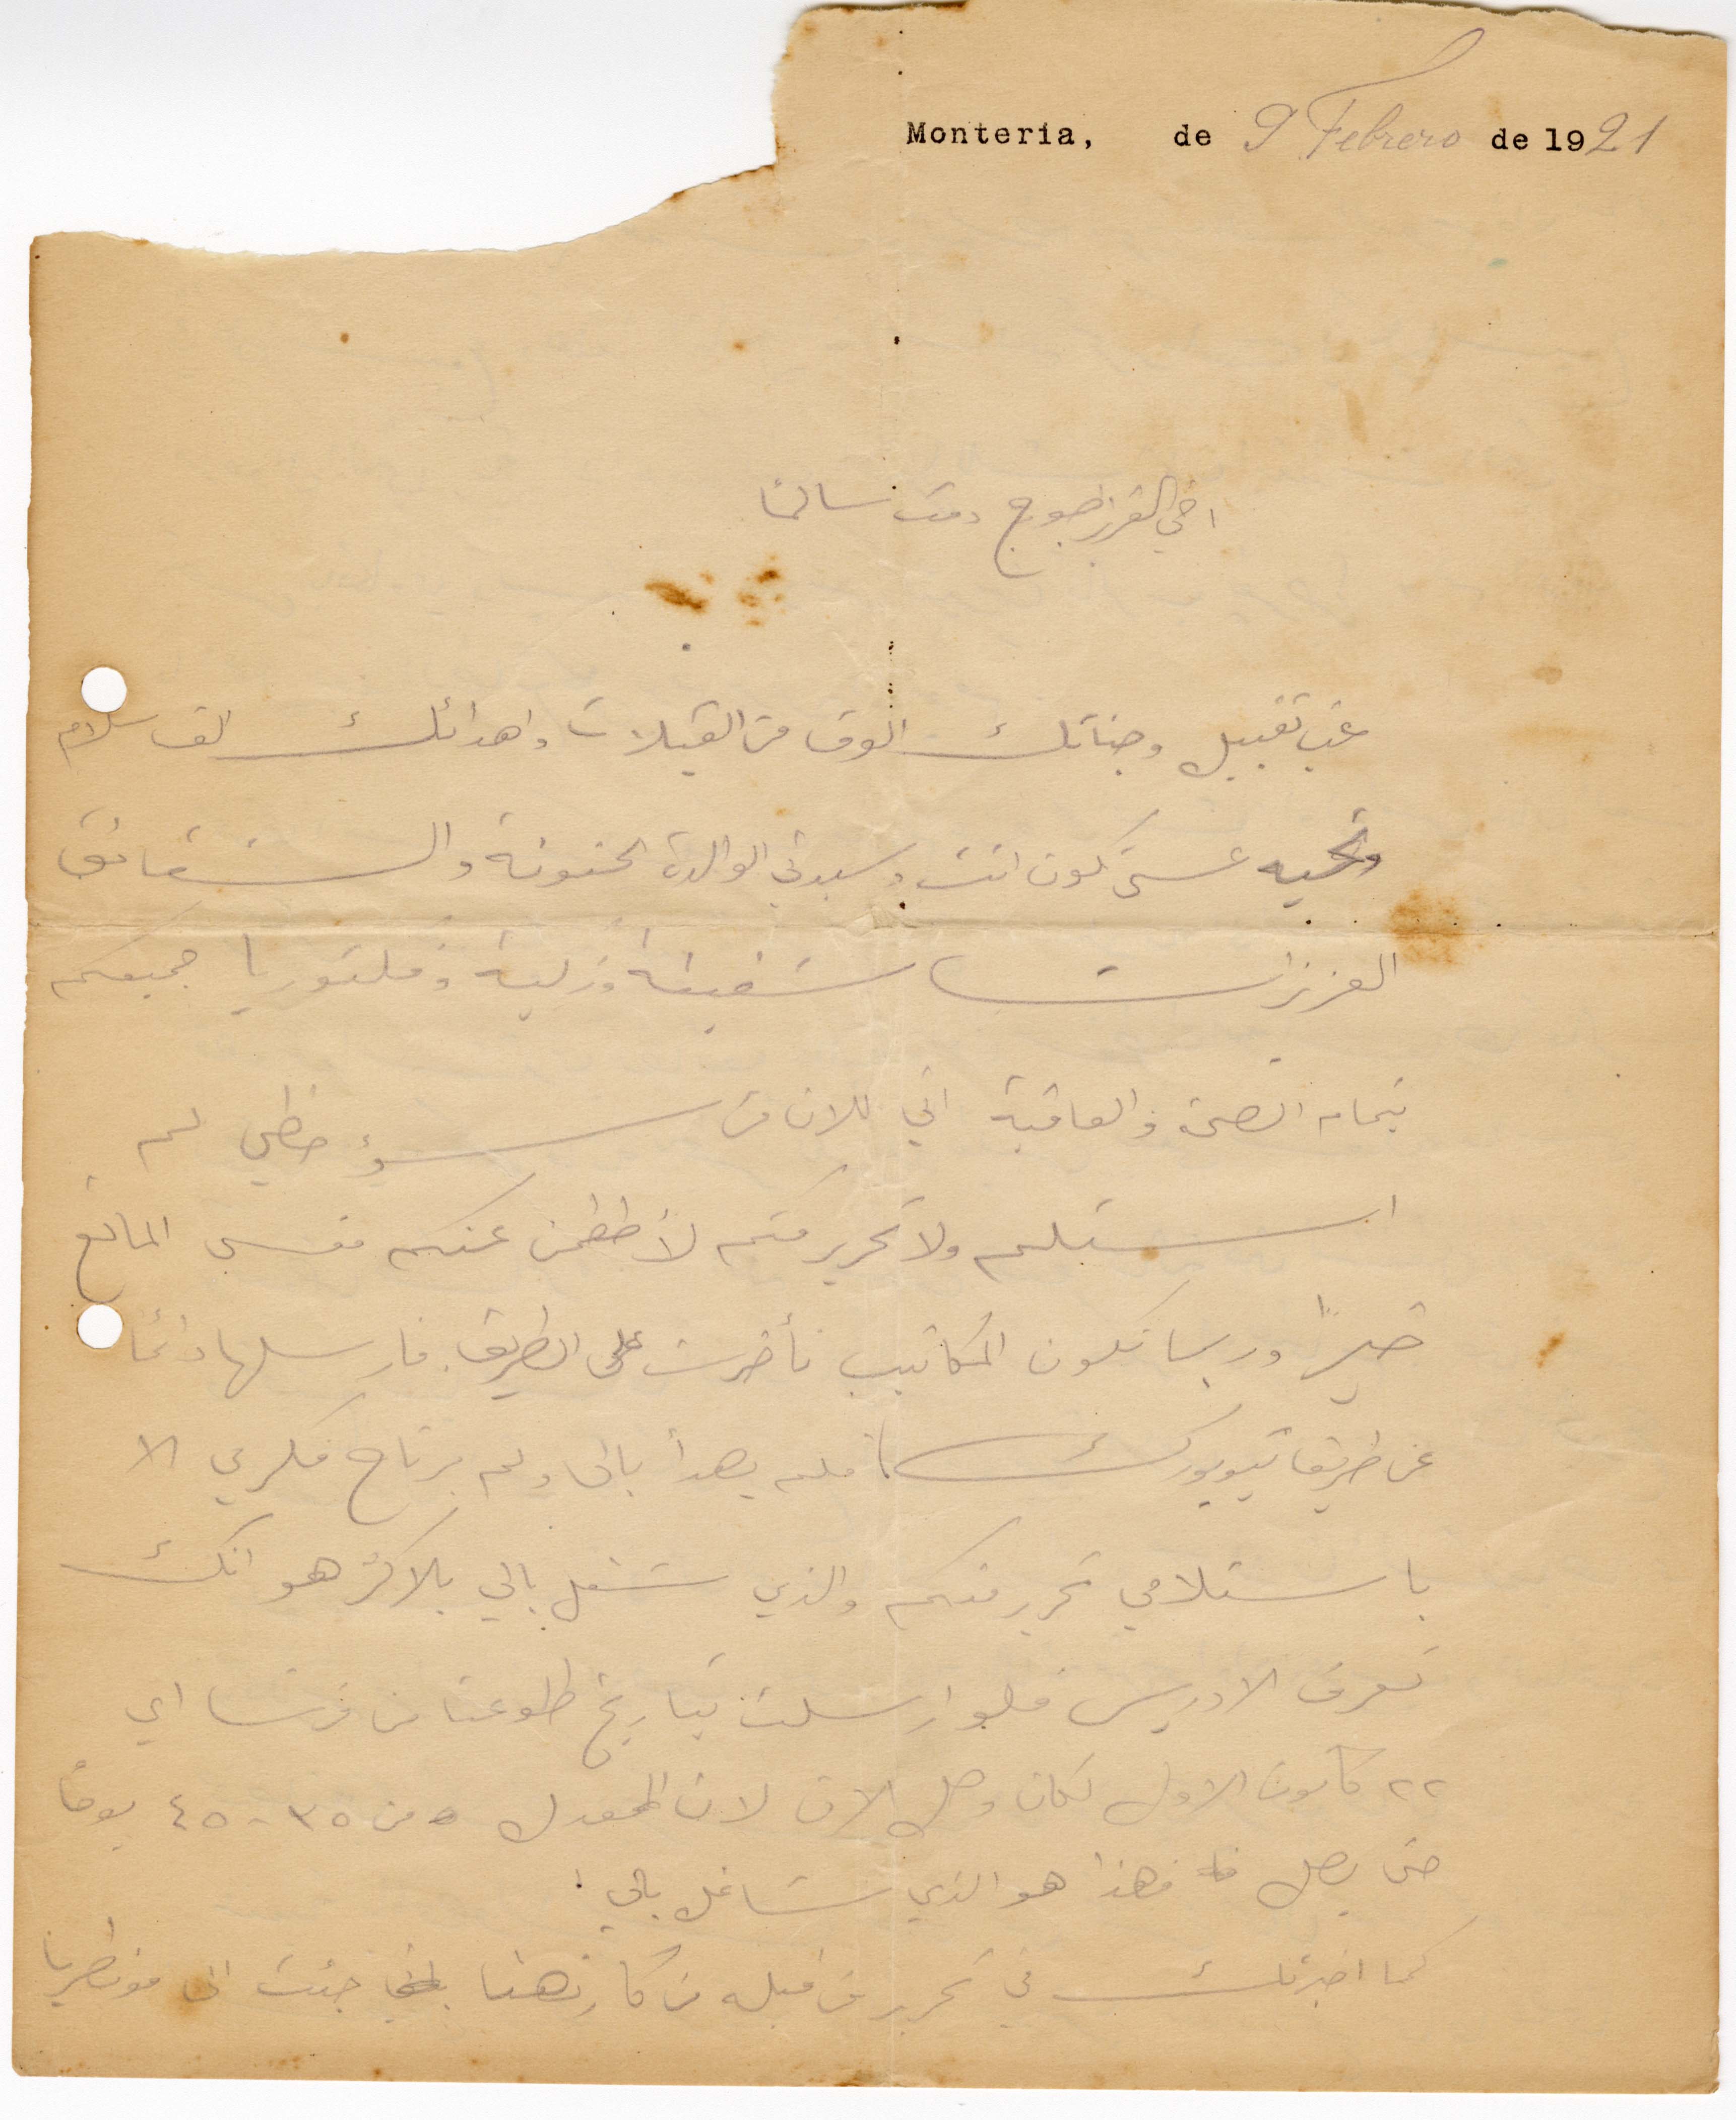
اخي العزيز جورج دمت سالمًا
نحب تقبيل وجناتك الوف من القبلات واهدائك الف سلام
وتحية عسى تكون انت وسيديت الوالدة الحنونة والشقائق
العزيزات شفيقة وزكية وفكتوريا جميعكم
بتمام الصحة والعافية اني الان من سوء حظي لم
استلم ولا تحرير منكم لاططمن عنكم فعسى المانع
خيرًا وربما تكون المكاتيب تأخرت على الطريق فأرسلها دائمًا
عن طريق نيويورك فلم يهدأ بالي ولم يرتاح فكري الا
باستلامي تحرير منكم والذي شغل بالي بلاكثر هو انك
تعرف الادريس فلو أرسلت بتاريخ طلوعنا من فرنسا أي
٢٢ كانون الأول لكان وصل الآن لان المعدل من ٣٥ - ٤٥ يومًا
حتى يصل فهذا هو الذي شاغل بالي
كما اخبرتك في تحرير قبله من كان هنا جئت الى مونطريا